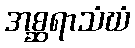
အစ္ဆရာသံဃံ